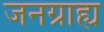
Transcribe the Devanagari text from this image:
जनग्राह्य